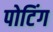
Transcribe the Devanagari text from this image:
पोटिंग